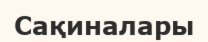
Сақиналары